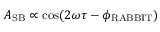
A _ { \mathrm { S B } } \propto \cos ( 2 \omega \tau - \phi _ { \mathrm { R A B B I T } } )